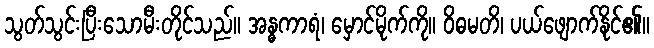
သွတ်သွင်းပြီးသောမီးတိုင်သည်။ အန္ဓကာရံ၊ မှောင်မိုက်ကို။ ဝိဓမတိ၊ ပယ်ဖျောက်နိုင်၏။